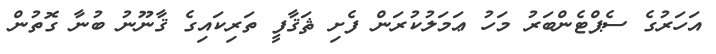
އަހަރުގެ ސެޕްޓެންބަރު މަހު ޢަމަލުކުރަން ފެށި ޘަޤާފީ ތަރިކައިގެ ޤާނޫނު ބުނާ ގޮތުން